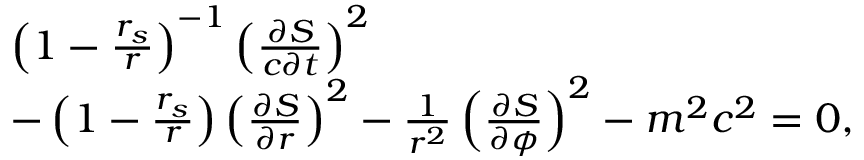
\begin{array} { l } { \left( 1 - \frac { r _ { s } } { r } \right) ^ { - 1 } \left( \frac { \partial S } { c \partial t } \right) ^ { 2 } } \\ { - \left( 1 - \frac { r _ { s } } { r } \right) \left( \frac { \partial S } { \partial r } \right) ^ { 2 } - \frac { 1 } { r ^ { 2 } } \left( \frac { \partial S } { \partial \phi } \right) ^ { 2 } - m ^ { 2 } c ^ { 2 } = 0 , } \end{array}